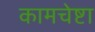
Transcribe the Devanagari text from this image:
कामचेष्टा